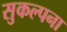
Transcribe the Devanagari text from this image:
सुकल्पना